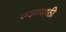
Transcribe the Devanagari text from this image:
फलासाठी